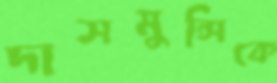
দাসমুন্সিকে